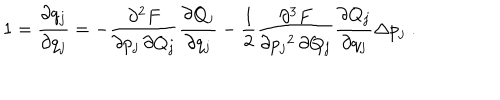
1 = \frac { \partial q _ { j } } { \partial q _ { j } } = - \frac { \partial ^ { 2 } F } { \partial p _ { j } \, \partial Q _ { j } } \frac { \partial Q _ { j } } { \partial q _ { j } } - \frac { 1 } { 2 } \frac { \partial ^ { 3 } F } { \partial { p _ { j } } ^ { 2 } \, \partial Q _ { j } } \frac { \partial Q _ { j } } { \partial q _ { j } } \Delta p _ { j } \; .